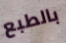
بالطبع